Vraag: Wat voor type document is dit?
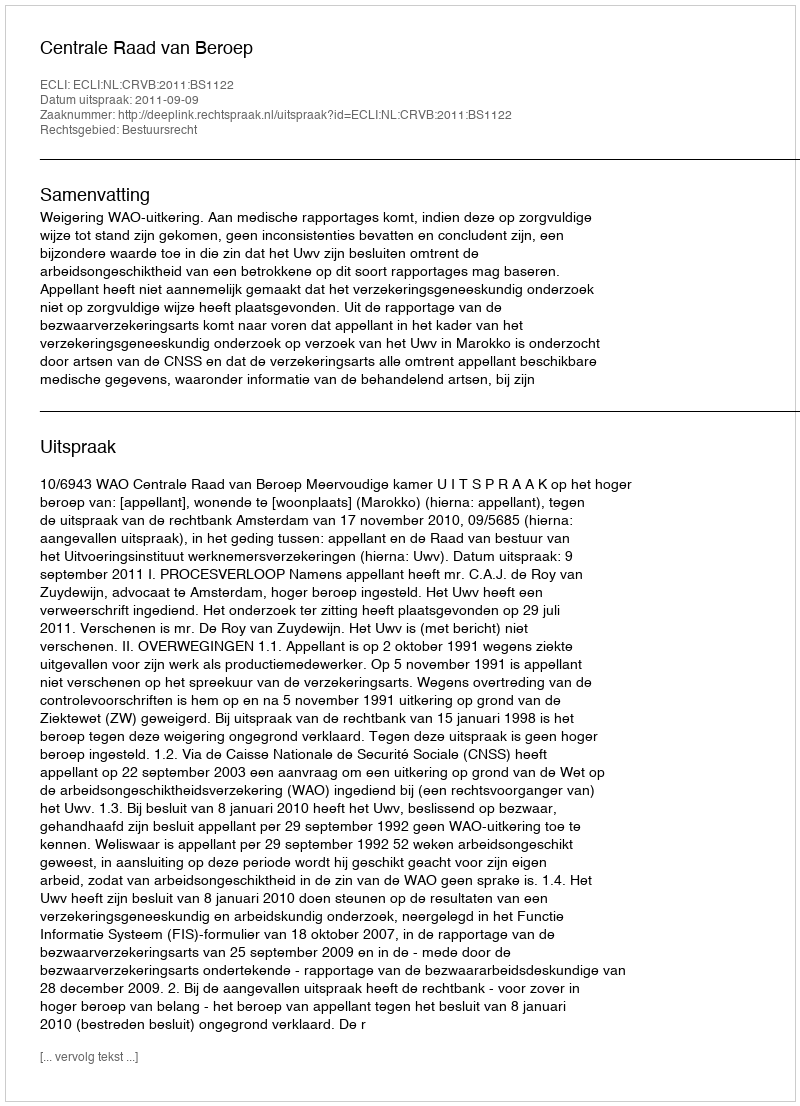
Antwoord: Uitspraak